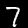
Digit: 7